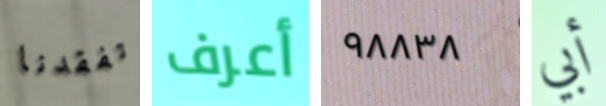
تفقدنا أعرف ٩٨٨٣٨ أبي